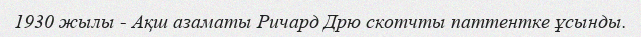
1930 жылы - Ақш азаматы Ричард Дрю скотчты паттентке ұсынды.